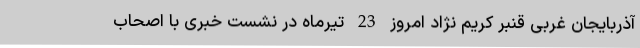
آذربایجان غربی قنبر کریم نژاد امروز 23 تیرماه در نشست خبری با اصحاب